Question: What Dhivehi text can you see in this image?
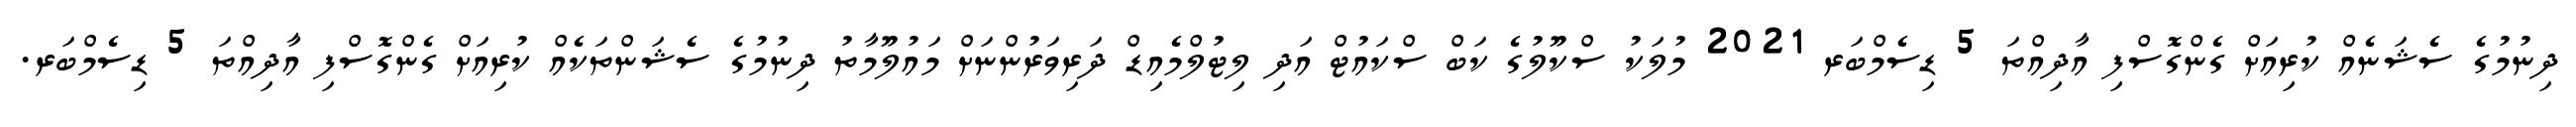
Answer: ދިނުމުގެ ސެޝަނެއް ކުރިއަށް ގެންގޮސްފި އާދިއްތަ 5 ޑިސެމްބަރ 2021 މުލަކު ސްކޫލުގެ ކަބް ސްކައުޓް އަދި ލިޓުލްމެއިޑް ދަރިވަރުންނަށް މައުލޫމާތު ދިނުމުގެ ސެޝަންތަކެއް ކުރިއަށް ގެންގޮސްފި އާދިއްތަ 5 ޑިސެމްބަރ.